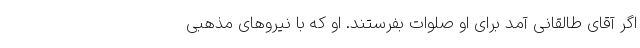
اگر آقای طالقانی آمد برای او صلوات بفرستند. او که با نیروهای مذهبی